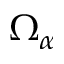
\Omega _ { \alpha }